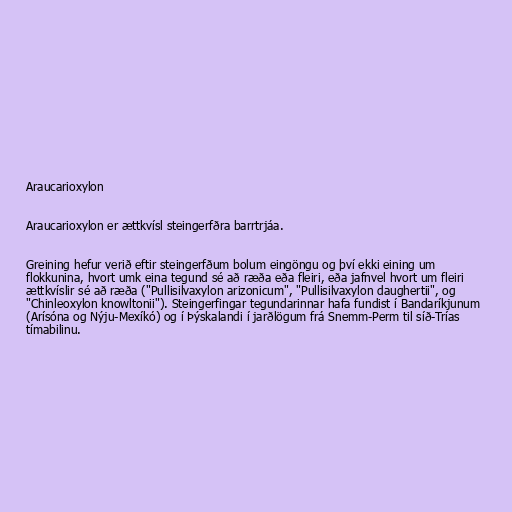
Araucarioxylon

Araucarioxylon er ættkvísl steingerfðra barrtrjáa.

Greining hefur verið eftir steingerfðum bolum eingöngu og því ekki eining um
flokkunina, hvort umk eina tegund sé að ræða eða fleiri, eða jafnvel hvort um fleiri
ættkvíslir sé að ræða ("Pullisilvaxylon arizonicum", "Pullisilvaxylon daughertii", og
"Chinleoxylon knowltonii"). Steingerfingar tegundarinnar hafa fundist í Bandaríkjunum
(Arísóna og Nýju-Mexíkó) og í Þýskalandi í jarðlögum frá Snemm-Perm til síð-Trías
tímabilinu.